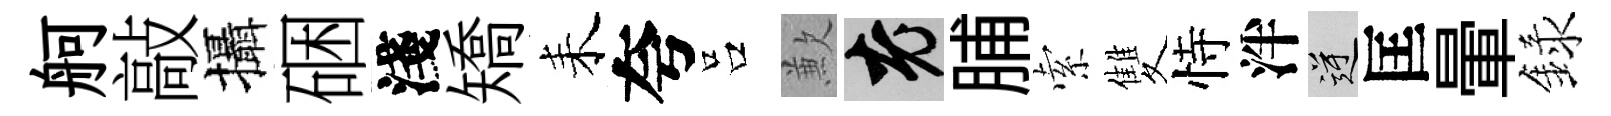
舸敲攝硱淺矯耒夸吕歉興脯索雙恃泮逆匡暈録